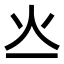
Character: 𤆂